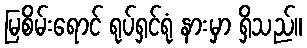
မြစိမ်းရောင် ရုပ်ရှင်ရုံ နားမှာ ရှိသည်။